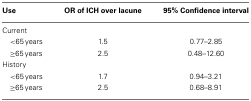
| Use | OR of ICH over lacune | 95% Confidence interval |
 | --- | --- | --- |
 | Current |
 | <65 years | 1.5 | 0.77–2.85 |
 | ≥65 years | 2.5 | 0.48–12.60 |
 | History |
 | <65 years | 1.7 | 0.94–3.21 |
 | ≥65 years | 2.5 | 0.68–8.91 |